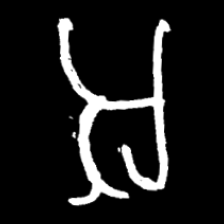
Pyu character \u2014 Myanmar letter: အ (romanized: a)